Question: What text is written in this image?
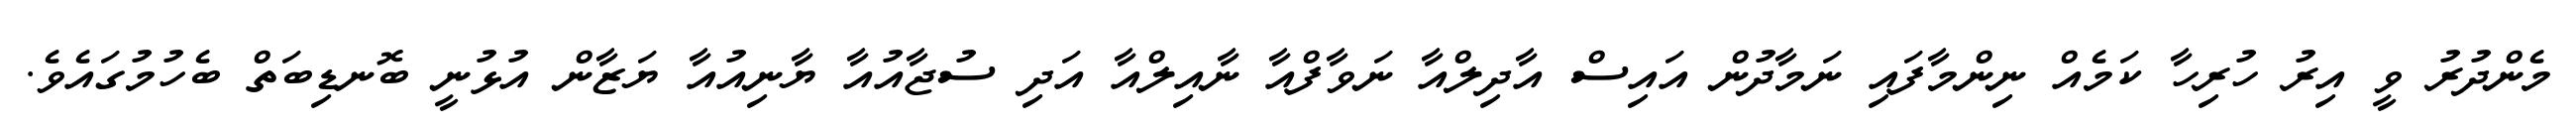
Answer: މެންދުރު ވީ އިރު ހުރިހާ ކަމެއް ނިންމާފައި ނަމާދުން އައިސް އާދިލްއާ ނަވާފްއާ ނާއިލްއާ އަދި ސުޖާއުއާ ޔާނިއުއާ ޔަޒާން އުޅުނީ ބޮނޑިބަތް ބެހުމުގައެވެ.